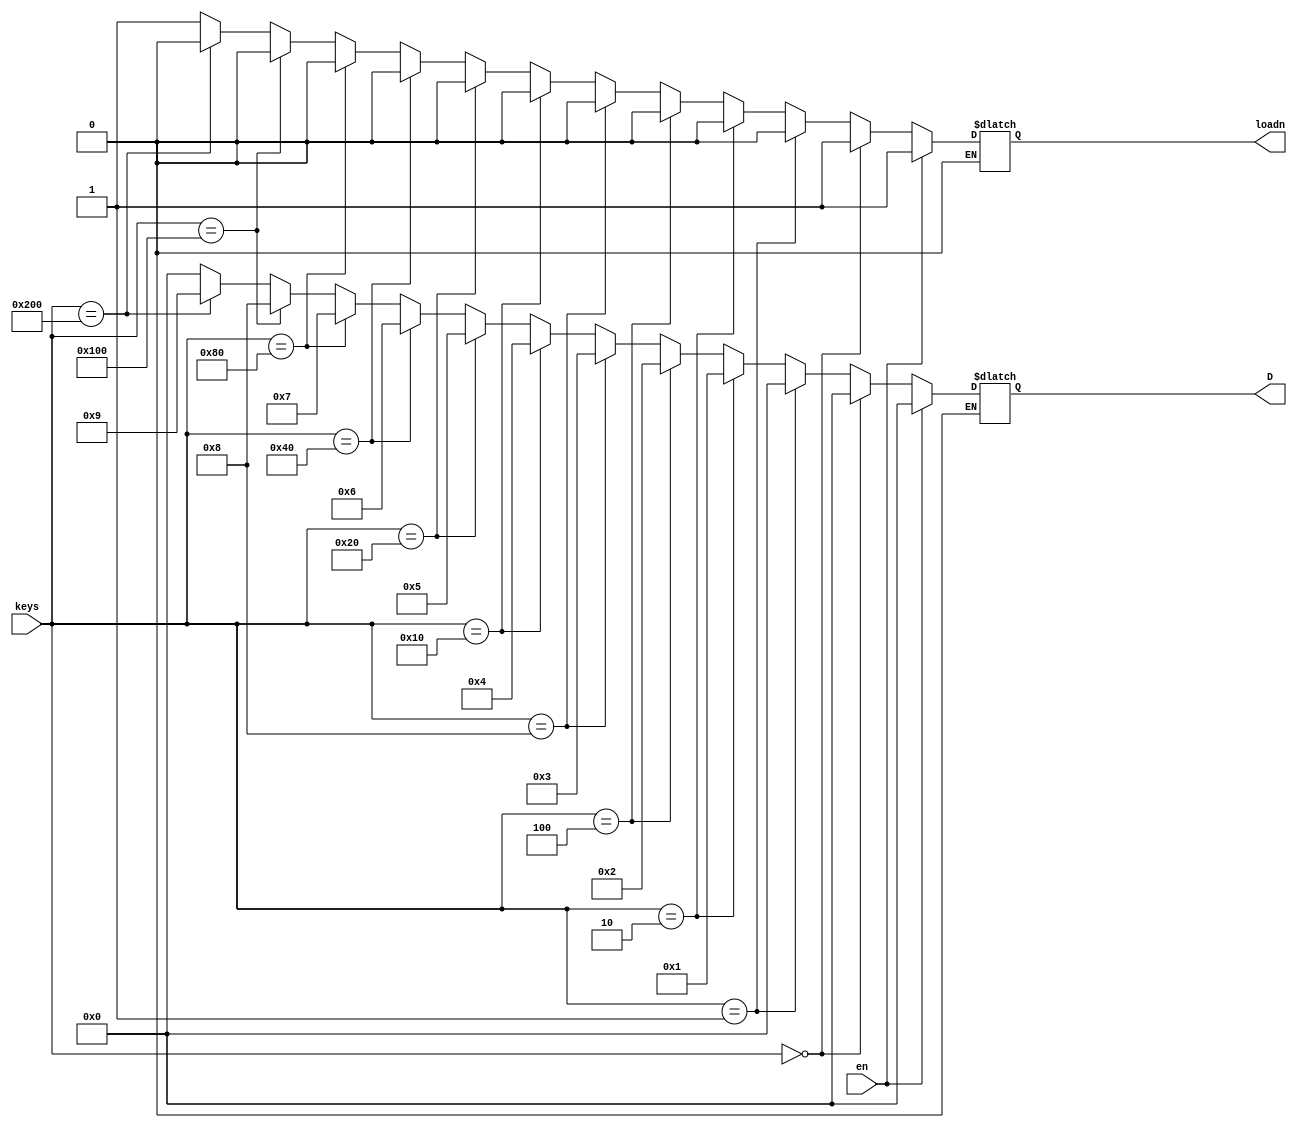
module encoder (
    input wire [9:0] keys,
    input wire en,
    output reg loadn,
    output reg [3:0] D
);

    // OBS:
    // keypad -> entradas do keypad
    // en -> entrada enable
    // D -> cdigo BCD gerado
    // loadn -> indica se a entrada  vlida
    // loadn == 1 indica input invlido
    // loadn == 0 indica input vlido e deve ser carregado no timer

    always @(*)
        begin
        if (en == 1'b1) // magnetron ligado

            begin
                D = 4'b0000; // nesse caso no importa o valor de de D
                loadn = 1'b1; // qualquer imput com magnetron ligado ser invlido
            end

        else if (en == 1'b0) // magnetron desligado
            
            begin
                if (keys == 10'b0000000000) // nenhum digito pressionado
                    begin
                        D = 4'b0000; // nesse caso no importa o valor de de D
                        loadn = 1'b1; // no  input vlido
                    end

                else if (keys == 10'b0000000001) // key 0
                    begin
                        D = 4'b0000; 
                        loadn = 1'b0;
                    end

                else if (keys == 10'b0000000010) // key 1
                    begin
                        D = 4'b0001; 
                        loadn = 1'b0;
                    end

                else if (keys == 10'b0000000100) // key 2
                    begin
                        D = 4'b0010; 
                        loadn = 1'b0;
                    end

                else if (keys == 10'b0000001000) // key 3
                    begin
                        D = 4'b0011; 
                        loadn = 1'b0;
                    end

                else if (keys == 10'b0000010000) // key 4
                    begin
                        D = 4'b0100; 
                        loadn = 1'b0;
                    end

                else if (keys == 10'b0000100000) // key 5
                    begin
                        D = 4'b0101; 
                        loadn = 1'b0;
                    end

                else if (keys == 10'b0001000000) // key 6
                    begin
                        D = 4'b0110;
                        loadn = 1'b0;
                    end

                else if (keys == 10'b0010000000) // key 7
                    begin
                        D = 4'b0111;
                        loadn = 1'b0;
                    end

                else if (keys == 10'b0100000000) // key 8
                    begin
                        D = 4'b1000;
                        loadn = 1'b0;
                    end

                else if (keys == 10'b1000000000) // key 9
                    begin
                        D = 4'b1001;
                        loadn = 1'b0;
                    end 

                else // mltiplas chaves acionadas simultaneamente
                    begin
                        D = 4'b0000; // nesse caso no importa o valor de de D
                        loadn = 1'b1; // input invlido
                    end
            end
        end

endmodule